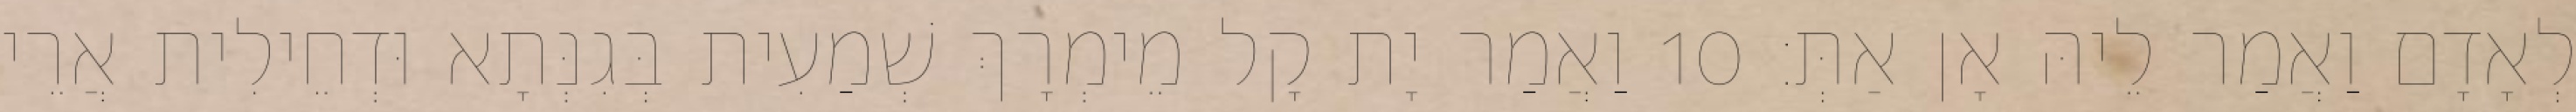
לְאָדָם וַאֲמַר לֵיהּ אָן אַתְּ׃ 10 וַאֲמַר יָת קָל מֵימְרָךְ שְׁמַעִית בְּגִנְּתָא וּדְחֵילִית אֲרֵי